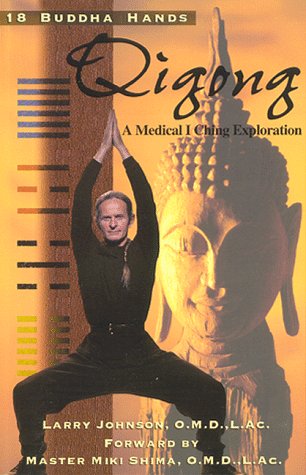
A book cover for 18 Buddha Hands Qigong - A Medical I Ching Exploration; Larry Johnson; Religion & Spirituality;